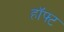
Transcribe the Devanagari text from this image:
हॉफ्ट